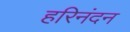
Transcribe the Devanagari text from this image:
हरिनंदन